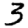
Digit: 3